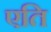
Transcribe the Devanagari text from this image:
एति